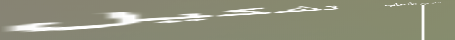
محلات بيع الألعاب   تشكيل